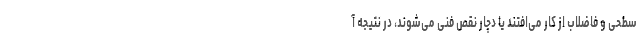
سطحی و فاضلاب از کار می‌افتند یا دچار نقص فنی می‌شوند، در نتیجه آ